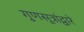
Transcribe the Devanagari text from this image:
गुणसूत्रांद्वारे